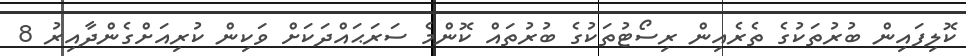
ކޮލިފައިން ބުރުތަކުގެ ތެރެއިން ރިސޯޓުތަކުގެ ބުރުތައް ކޮންމެ ސަރަޙައްދަކަށް ވަކިން ކުރިއަށްގެންދާއިރު 8